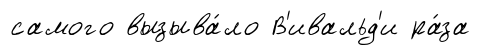
самого вызыва́ло В'ивальд'и ра́за